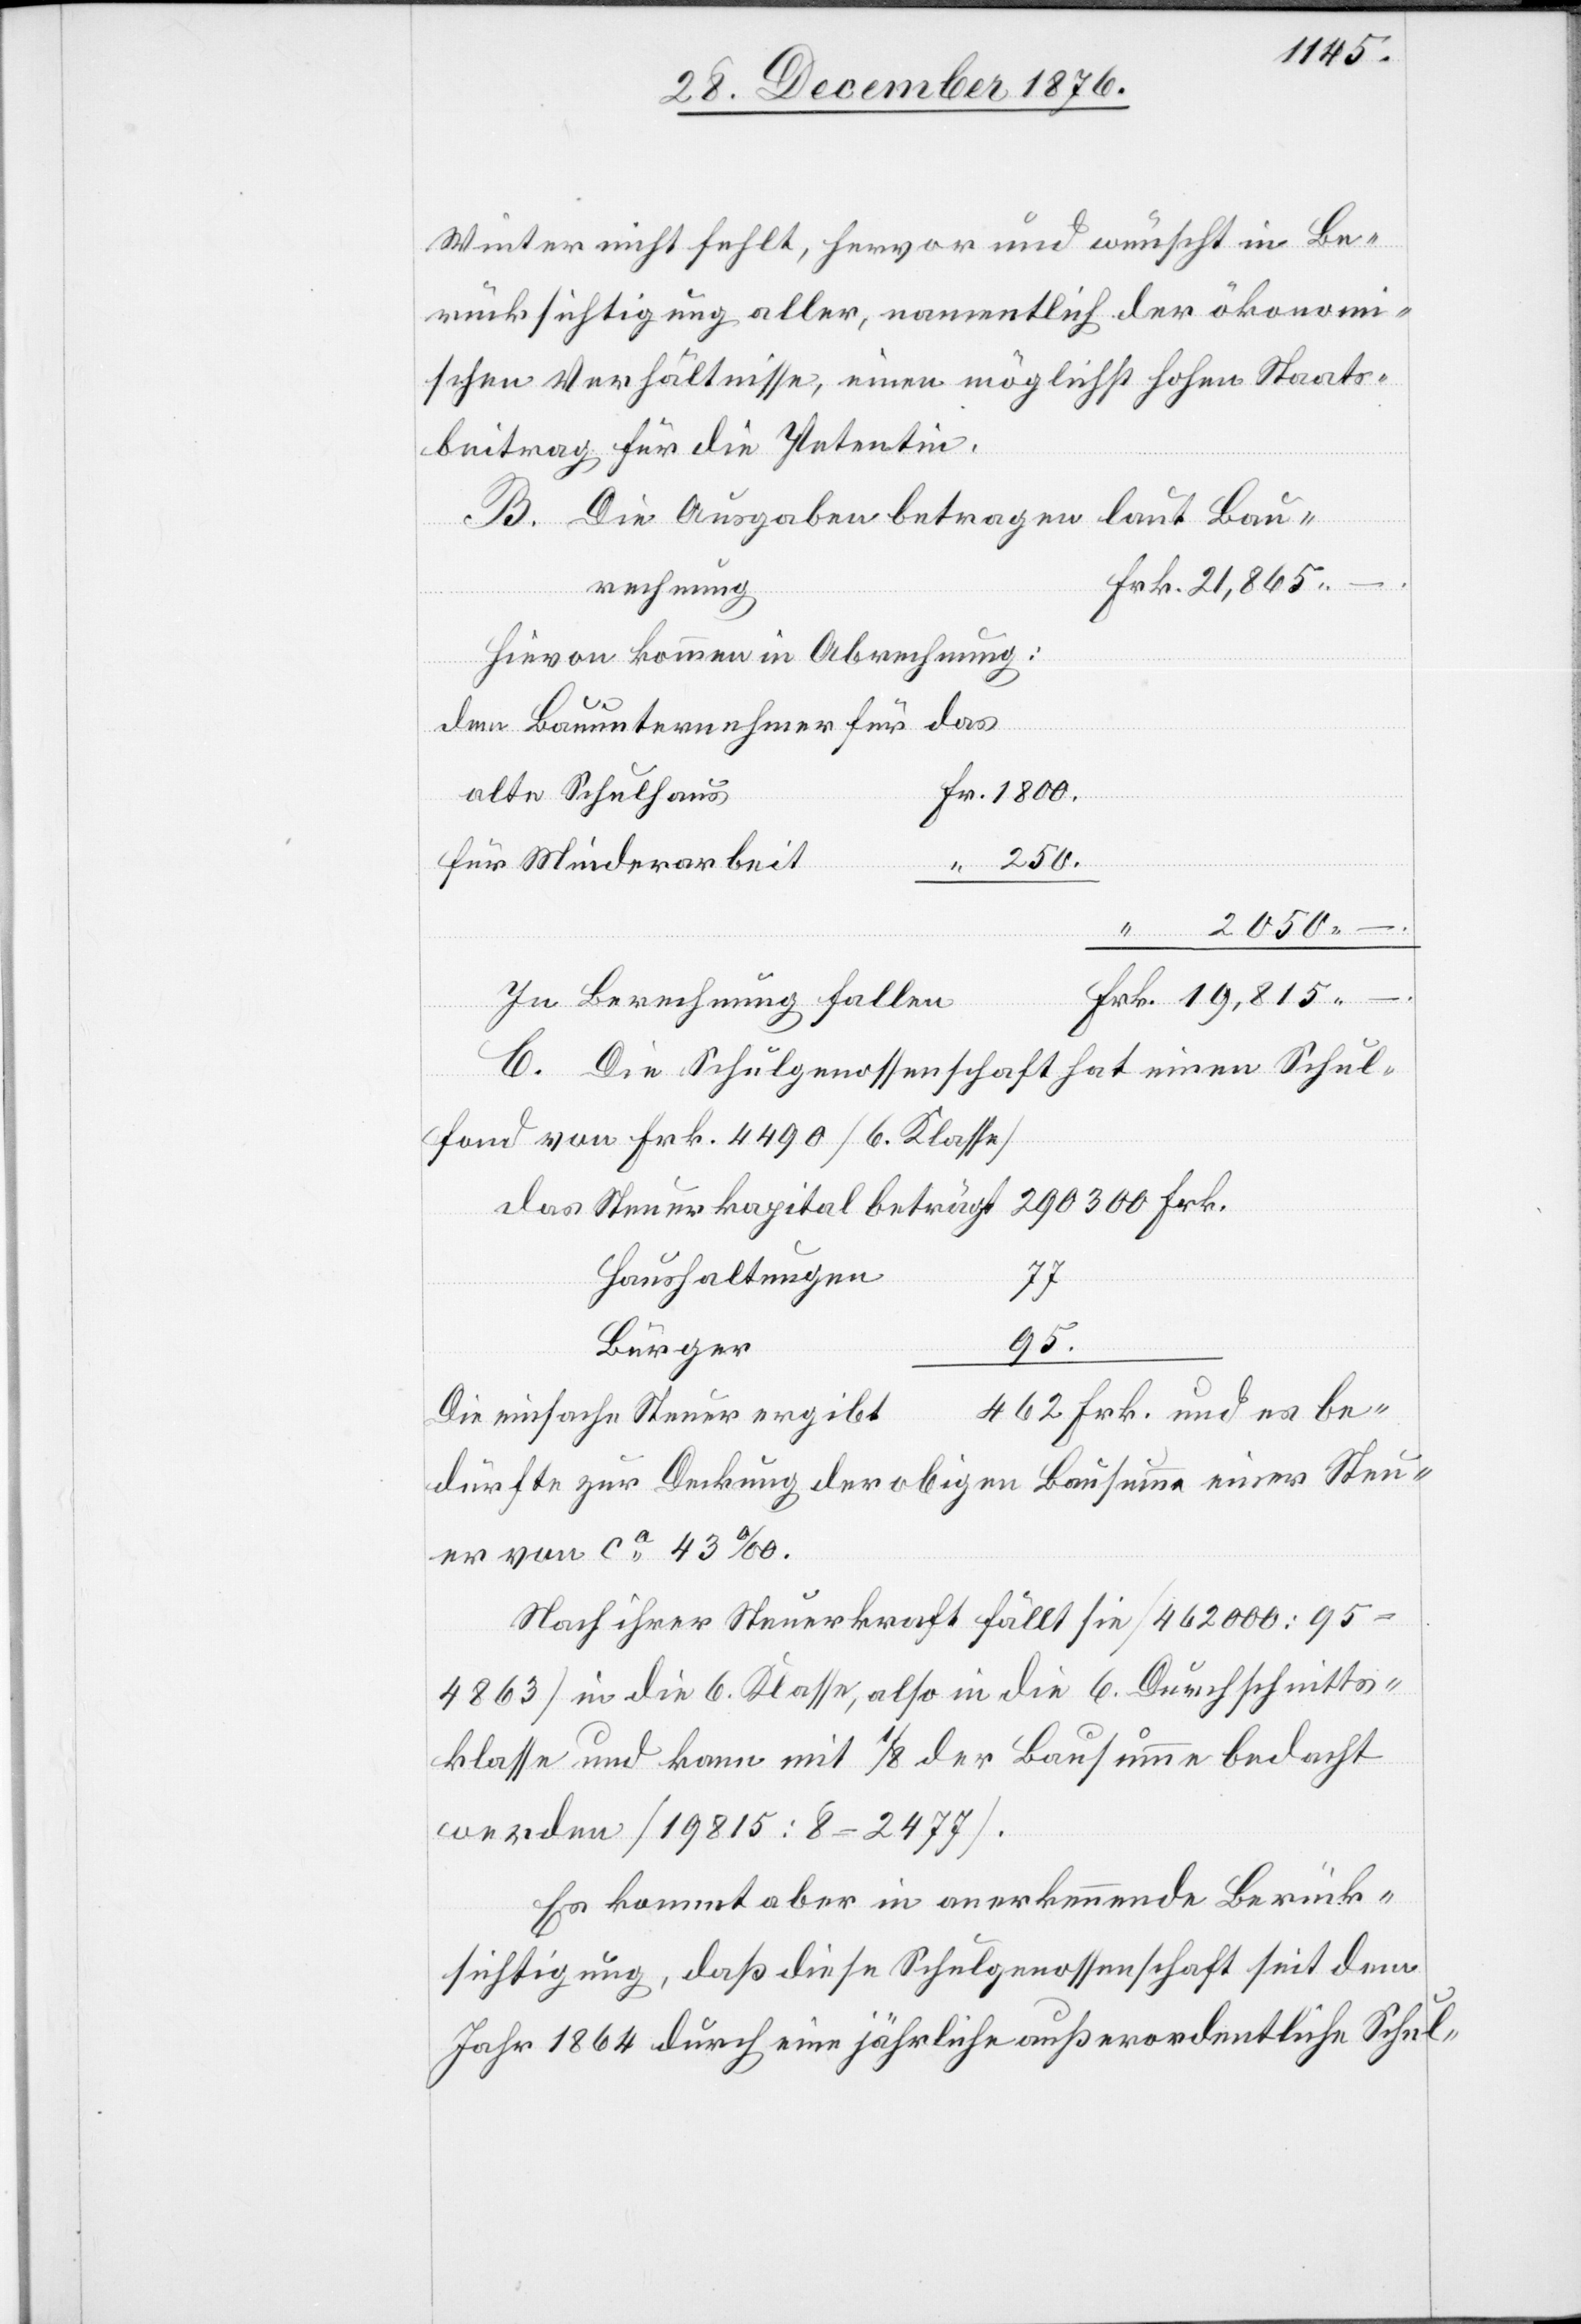
1800.
Winter nicht fehlt, hervor und wünscht in Be¬
rücksichtigung aller, namentlich der ökonom¬
ischen Verhältnisse, einen möglichst hohen Staats¬
beitrag für die Petentin.
B. Die Ausgaben betragen laut
rechnung
Hievon kommen in Abrechnung:
dem Bauunternehmer für das
Bau¬
alte Schulhaus
für Minderarbeit
und
In Berechnung fallen
es be¬
C. Die Schulgenossenschaft hat einen Schul¬
fond von Frk. 4490 [6. Klasse]
das Steuerkapital beträgt
Haushaltungen
77
95.
Bürger
Die einfache Steuer ergibt
dürfte zur Deckung der obigen Bausumme einer Steu¬
er von ca 43‰.
Nach ihrer Steuerkraft fällt sie [462 000 : 95
4863] in die 6. Klasse, also in die 6. Durchschnitts¬
klasse und kann mit 1/8 der Bausumme bedacht
werden [19 815 : 8 = 2477].
Es kommt aber in anerkennende Berück¬
sichtigung, daß diese Schulgenossenschaft seit dem
Jahr 1864 durch eine jährliche außerordentliche Schul-